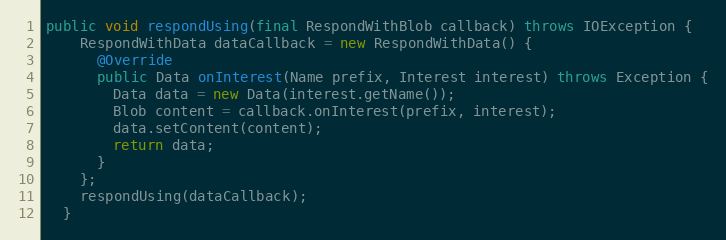
Language: Java
public void respondUsing(final RespondWithBlob callback) throws IOException {
    RespondWithData dataCallback = new RespondWithData() {
      @Override
      public Data onInterest(Name prefix, Interest interest) throws Exception {
        Data data = new Data(interest.getName());
        Blob content = callback.onInterest(prefix, interest);
        data.setContent(content);
        return data;
      }
    };
    respondUsing(dataCallback);
  }